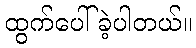
ထွက်ပေါ်ခဲ့ပါတယ်။